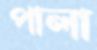
পালা